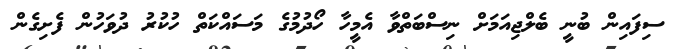
ސިފައިން ބުނީ ބެލްޖިއަމަށް ނިސްބަތްވާ އެމީހާ ހޯދުމުގެ މަސައްކަތް ހުކުރު ދުވަހުން ފެށިގެން